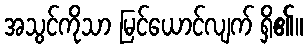
အသွင်ကိုသာ မြင်ယောင်လျက် ရှိ၏။